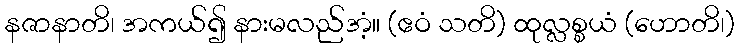
နဇာနာတိ၊ အကယ်၍ နားမလည်အံ့။ (ဧဝံ သတိ) ထုလ္လစ္စယံ (ဟောတိ၊)